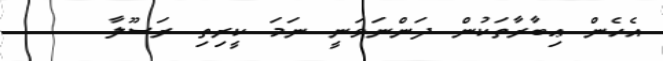
އެހެން ޢިބާރާތަކުން ދަންނަވަނީ ނަމަ ކީރިތި ރަސޫލާ